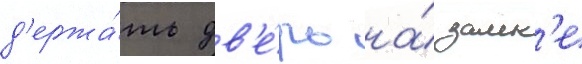
д'ержа́ть дв'е́рь на́ замк'е